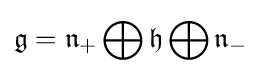
{\mathfrak {g}}={\mathfrak {n}}_{+}\bigoplus {\mathfrak {h}}\bigoplus {\mathfrak {n}}_{-}